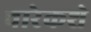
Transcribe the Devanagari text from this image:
चारेकशे